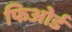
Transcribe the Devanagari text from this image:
फिओर्ड